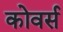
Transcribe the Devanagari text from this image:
कोवर्स